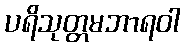
ပရိသုတ္တမဘာရဝါ